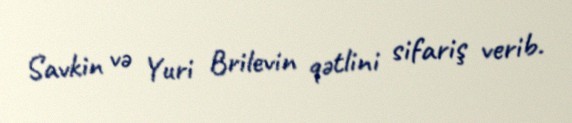
Savkin və Yuri Brilevin qətlini sifariş verib.